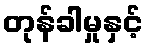
တုန်ခါမှုနှင့်